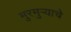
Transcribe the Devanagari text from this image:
मुरमुऱ्याचे